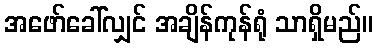
အဖော်ခေါ်လျှင် အချိန်ကုန်ရုံ သာရှိမည်။